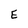
Character: E